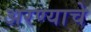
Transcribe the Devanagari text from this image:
अरण्याचे